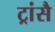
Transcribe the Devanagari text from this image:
ट्रांसै